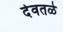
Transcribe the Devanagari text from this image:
देवतळे